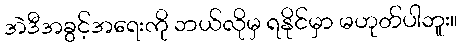
အဲဒီအခွင့်အရေးကို ဘယ်လိုမှ ရနိုင်မှာ မဟုတ်ပါဘူး။